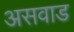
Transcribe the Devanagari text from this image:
असवाड